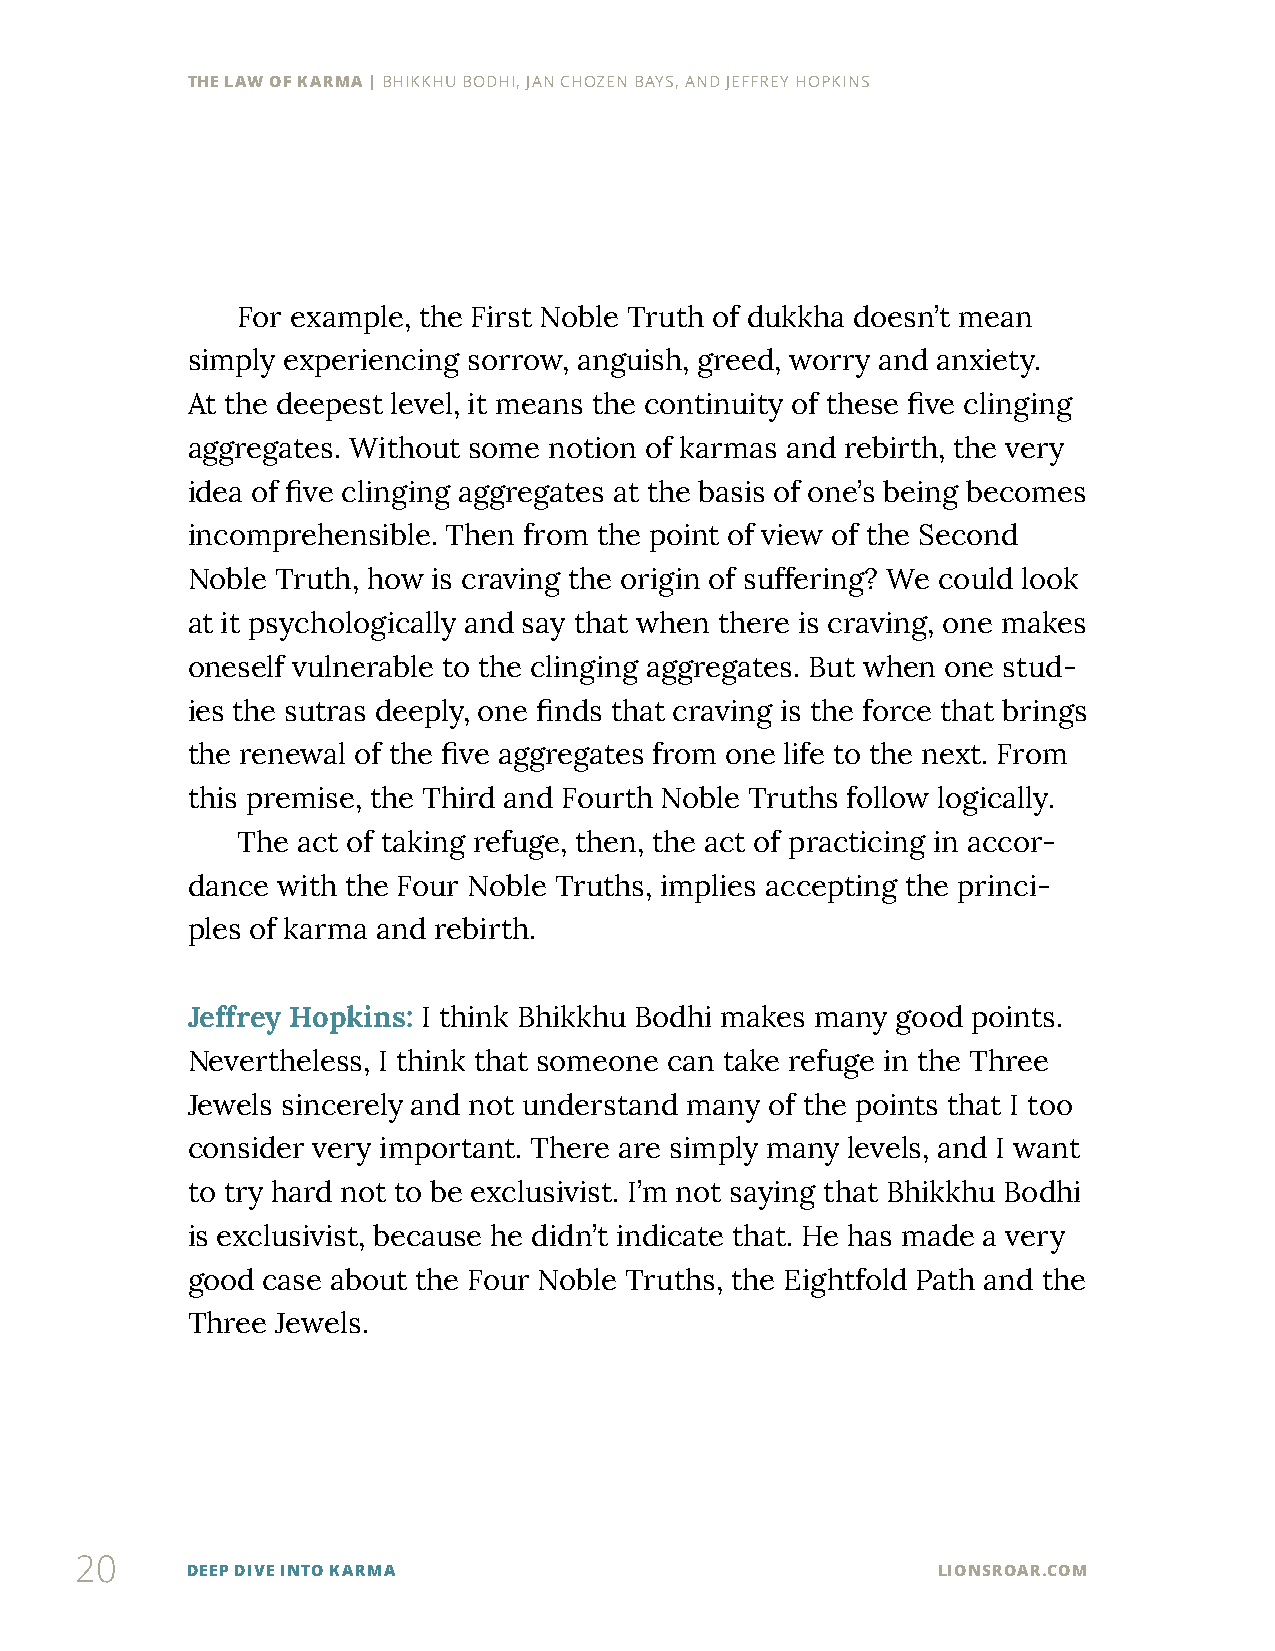
THE LAW OF KARMA | BHIKKHU BODHI, JAN CHOZEN BAYS, AND JEFFREY HOPKINS
 For example, the First Noble Truth of dukkha doesn’t mean
 simply experiencing sorrow, anguish, greed, worry and anxiety.
 At the deepest level, it means the continuity of these five clinging
 aggregates. Without some notion of karmas and rebirth, the very
 idea of five clinging aggregates at the basis of one’s being becomes
 incomprehensible. Then from the point of view of the Second
 Noble Truth, how is craving the origin of suffering? We could look
 at it psychologically and say that when there is craving, one makes
 oneself vulnerable to the clinging aggregates. But when one stud-
 ies the sutras deeply, one finds that craving is the force that brings
 the renewal of the five aggregates from one life to the next. From
 this premise, the Third and Fourth Noble Truths follow logically.
 The act of taking refuge, then, the act of practicing in accor-
 dance with the Four Noble Truths, implies accepting the princi-
 ples of karma and rebirth.
 Jeffrey Hopkins: I think Bhikkhu Bodhi makes many good points.
 Nevertheless, I think that someone can take refuge in the Three
 Jewels sincerely and not understand many of the points that I too
 consider very important. There are simply many levels, and I want
 to try hard not to be exclusivist. I’m not saying that Bhikkhu Bodhi
 is exclusivist, because he didn’t indicate that. He has made a very
 good case about the Four Noble Truths, the Eightfold Path and the
 Three Jewels.
 20
 DEEP DIVE INTO KARMA                              LIONSROAR.COM